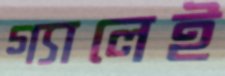
গ্যালেই